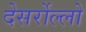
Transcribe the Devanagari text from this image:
देसर्रोल्लो